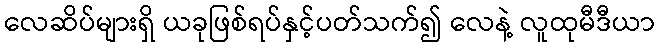
လေဆိပ်များရှိ ယခုဖြစ်ရပ်နှင့်ပတ်သက်၍ လေနဲ့ လူထုမီဒီယာ